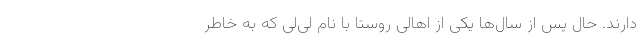
دارند. حال پس از سال‌ها یکی از اهالی روستا با نام لی‌لی که به خاطر